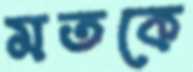
মতকে